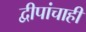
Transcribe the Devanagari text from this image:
द्वीपांचाही